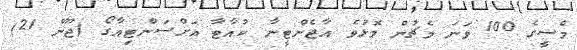
މެސީގެ 100 ވަނަ މެޗުން މޮޅުވެ އާޖެންޓީނާ ކުއާޓާ އަށްސަންޓިއާގޯ (ޖޫން 21)